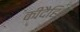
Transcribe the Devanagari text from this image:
कीदैहिक